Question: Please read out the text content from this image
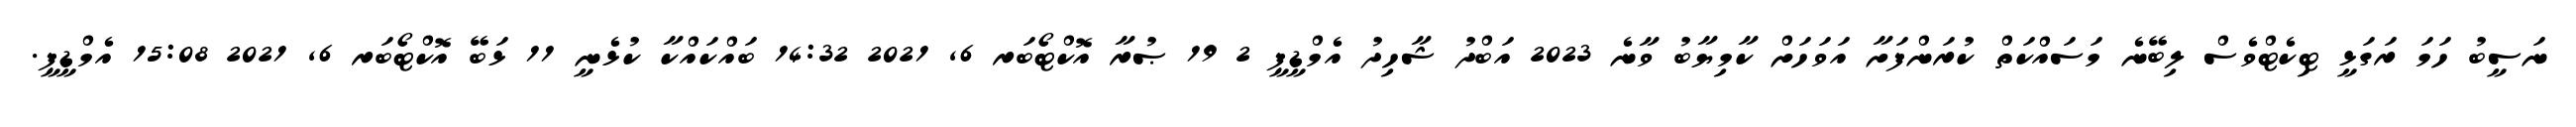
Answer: ނަސީބު ހަމަ ރަގަޅީ ޓިކެޓްވެސް ލިބޭނެ މަސައްކަތް ކުރަންފަށާ އަވަހަށް ކާމިޔާބު ވާނެ 2023 އަބްދު ޝާހިދު އެމްޑީޕީ 2 19 ޞުރާ އޮކްޓޯބަރ 6, 2021 14:32 ބައްކައްކާ ކުޅެނީ 11 ޅަބޭ އޮކްޓޯބަރ 6, 2021 15:08 އެމްޑީޕީ.